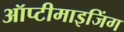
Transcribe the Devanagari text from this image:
ऑप्टीमाइजिंग